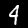
Digit: 4